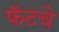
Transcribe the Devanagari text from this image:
फॅटचे